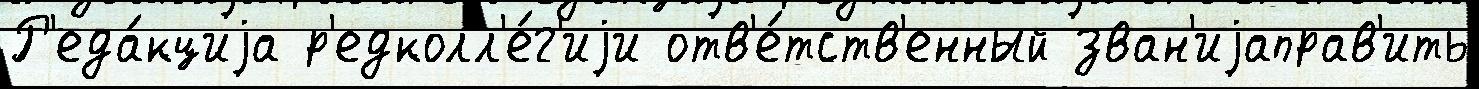
Р'еда́кциjа р'едколл'е́г'иjи отв'е́тств'енный зван'иjаправ'ить